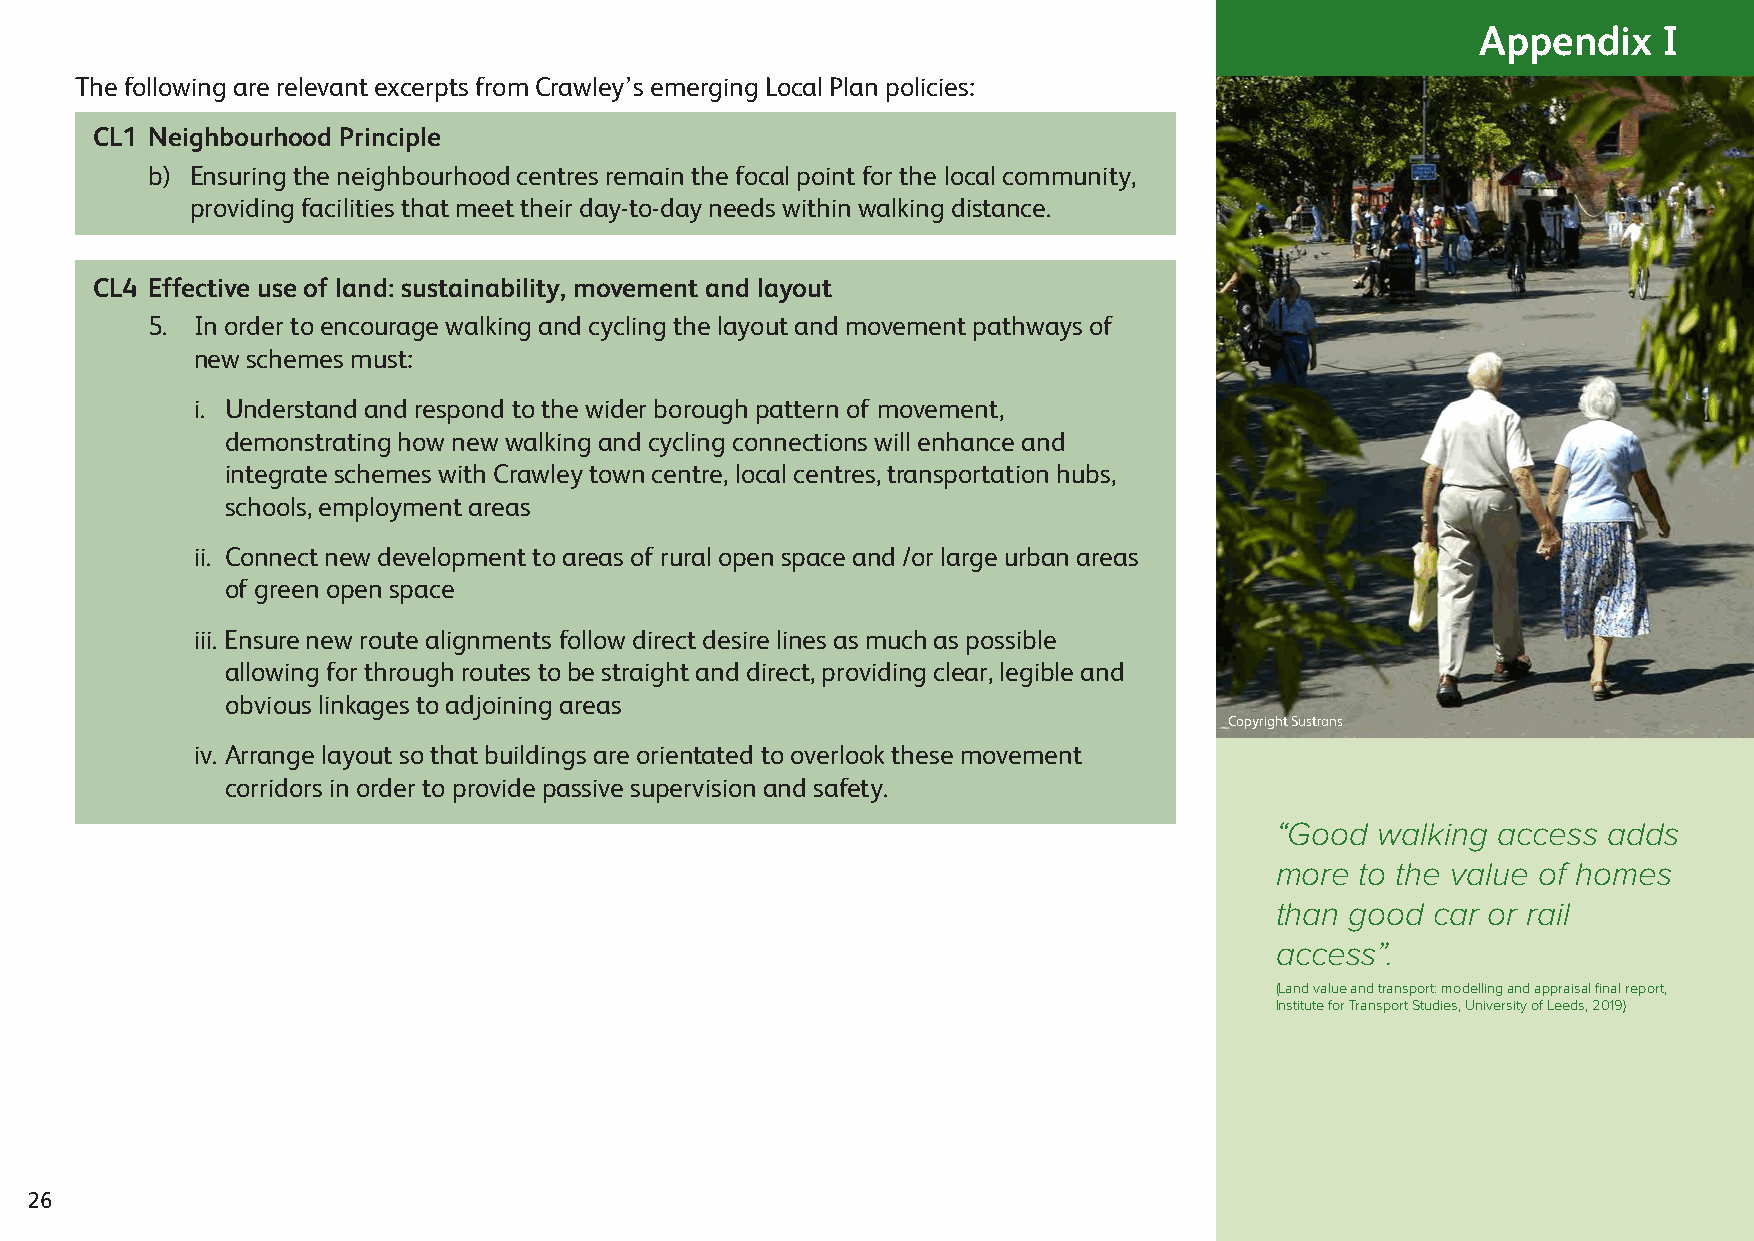
Appendix    I
 The following are relevant excerpts from Crawley’s emerging Local Plan policies:
 CL1 Neighbourhood Principle
 b) Ensuring the neighbourhood centres remain the focal point for the local community,
 providing facilities that meet their day-to-day needs within walking distance.
 CL4 Effective use of land: sustainability, movement and layout
 5. In order to encourage walking and cycling the layout and movement pathways of
 new schemes must:
 i. Understand and respond to the wider borough pattern of movement,
 demonstrating how new walking and cycling connections will enhance and
 integrate schemes with Crawley town centre, local centres, transportation hubs,
 schools, employment areas
 ii. Connect new development to areas of rural open space and /or large urban areas
 of green open space
 iii. Ensure new route alignments follow direct desire lines as much as possible
 allowing for through routes to be straight and direct, providing clear, legible and
 obvious linkages to adjoining areas
 Copyright Sustrans
 iv. Arrange layout so that buildings are orientated to overlook these movement
 corridors in order to provide passive supervision and safety.
 “Good  walking access adds
 more  to the value of homes
 than good  car or rail
 access”.
 (Land value and transport: modelling and appraisal final report,
 Institute for Transport Studies, University of Leeds, 2019)
 26